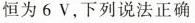
恒为6V，下列说法正确